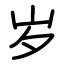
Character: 岁